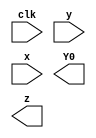
// Given the state-assigned table shown below, implement the logic functions Y[0] and z.

//Present state 		Next state Y[2:0]
//		y[2:0]								Output z
//							x=0	x=1
						
//		000					000	001				0
//		001					001	100				0
//		010					010	001				0
//		011					001	010				1
//		100					011	100				1


module top_module (
    input clk,
    input [2:0] y,
    input x,
    output Y0,
    output z
);

	// Insert your code here

endmodule